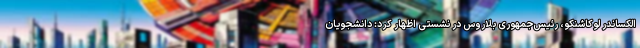
الکساندر لوکاشنکو، رئیس‌جمهوری بلاروس در نشستی اظهار کرد: دانشجویان